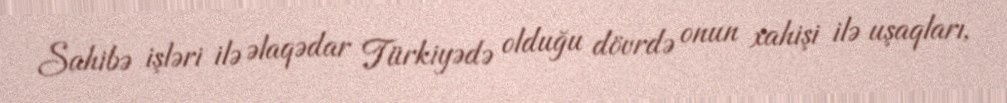
Sahibə işləri ilə əlaqədar Türkiyədə olduğu dövrdə onun xahişi ilə uşaqları,